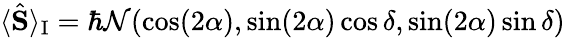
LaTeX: \langle\hat{\mathbf S}\rangle_{\mathrm{I}}=\hbar{\mathcal N}(\cos(2\alpha),\sin(2\alpha)\cos\delta,\sin(2\alpha)\sin\delta)